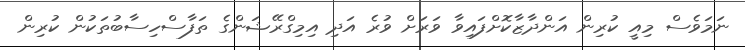
ނަމަވެސް މިއީ ކުރިން އަންދާޒާކޮށްފައިވާ ވަރަށް ވުރެ އަދި އިމިގްރޭޝަންގެ ތަފާސްހިސާބުތަކުން ކުރިން